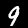
Digit: 9